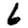
Digit: 6